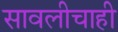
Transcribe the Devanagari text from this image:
सावलीचाही